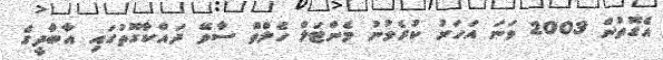
އެގޮތުން 2003 ވަނަ އަހަރު ކުރެވުނު މެންޓަލް ހެލްތް ސާވޭ ދައްކާގޮތުގައި އާބާދީގެ